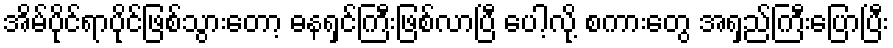
အိမ်ပိုင်ရာပိုင်ဖြစ်သွားတော့ ဓနရှင်ကြီးဖြစ်လာပြီ ပေါ့လို့ စကားတွေ အရှည်ကြီးပြောပြီး